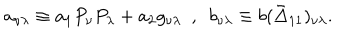
LaTeX: a _ { \nu \lambda } \equiv a _ { 1 } P _ { \nu } P _ { \lambda } + a _ { 2 } g _ { \nu \lambda } ~ ~ , ~ ~ b _ { \nu \lambda } \equiv b ( \bar { \Delta } _ { 1 1 } ) _ { \nu \lambda } .